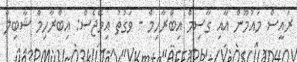
ރައީސް މައުމޫން އާއި ގާސިމް އިބްރާހިމް - ވަގުތު އިމޭޖެސް: އިބްރާހިމް ޝާބިލް